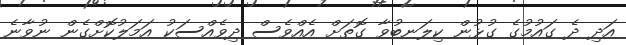
އަދި ދެ ގައުމުގެ ގުޅުން ކިލަނބުވާ ގޮތަށް އެއްވެސް ދިވެއްސަކު އަމަލުކޮށްގެން ނުވާނެ